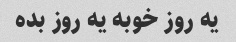
یه روز خوبه یه روز بده